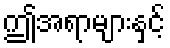
ဤအရာများနှင့်